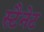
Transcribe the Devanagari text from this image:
स्टैनेट